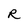
Character: R